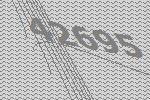
42695